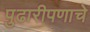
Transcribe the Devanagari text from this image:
पुढारीपणाचे